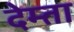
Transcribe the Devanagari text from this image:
देम्ता